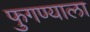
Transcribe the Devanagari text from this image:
फुगण्याला